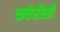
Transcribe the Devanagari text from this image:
कचेरीसी